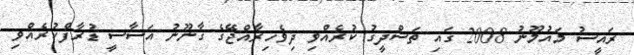
ރައީސު މައުމޫނު 2008 ގައި ތަސްދީގު ކުރެއްވި ދިވެހިރާއްޖޭގެ ގާނޫނު އަސާސީ ޑުރާފްކުރެއްވި